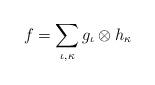
LaTeX: \begin{align*}f = \sum_{\iota,\kappa} g_\iota \otimes h_\kappa\end{align*}